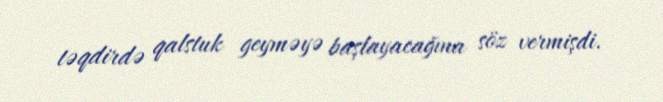
təqdirdə qalstuk geyməyə başlayacağına söz vermişdi.